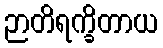
ဉာတိရက္ခိတာယ